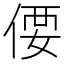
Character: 偠